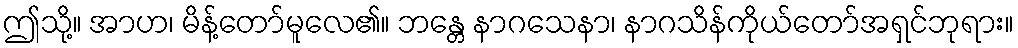
ဤသို့။ အာဟ၊ မိန့်တော်မူလေ၏။ ဘန္တေ နာဂသေနာ၊ နာဂသိန်ကိုယ်တော်အရှင်ဘုရား။